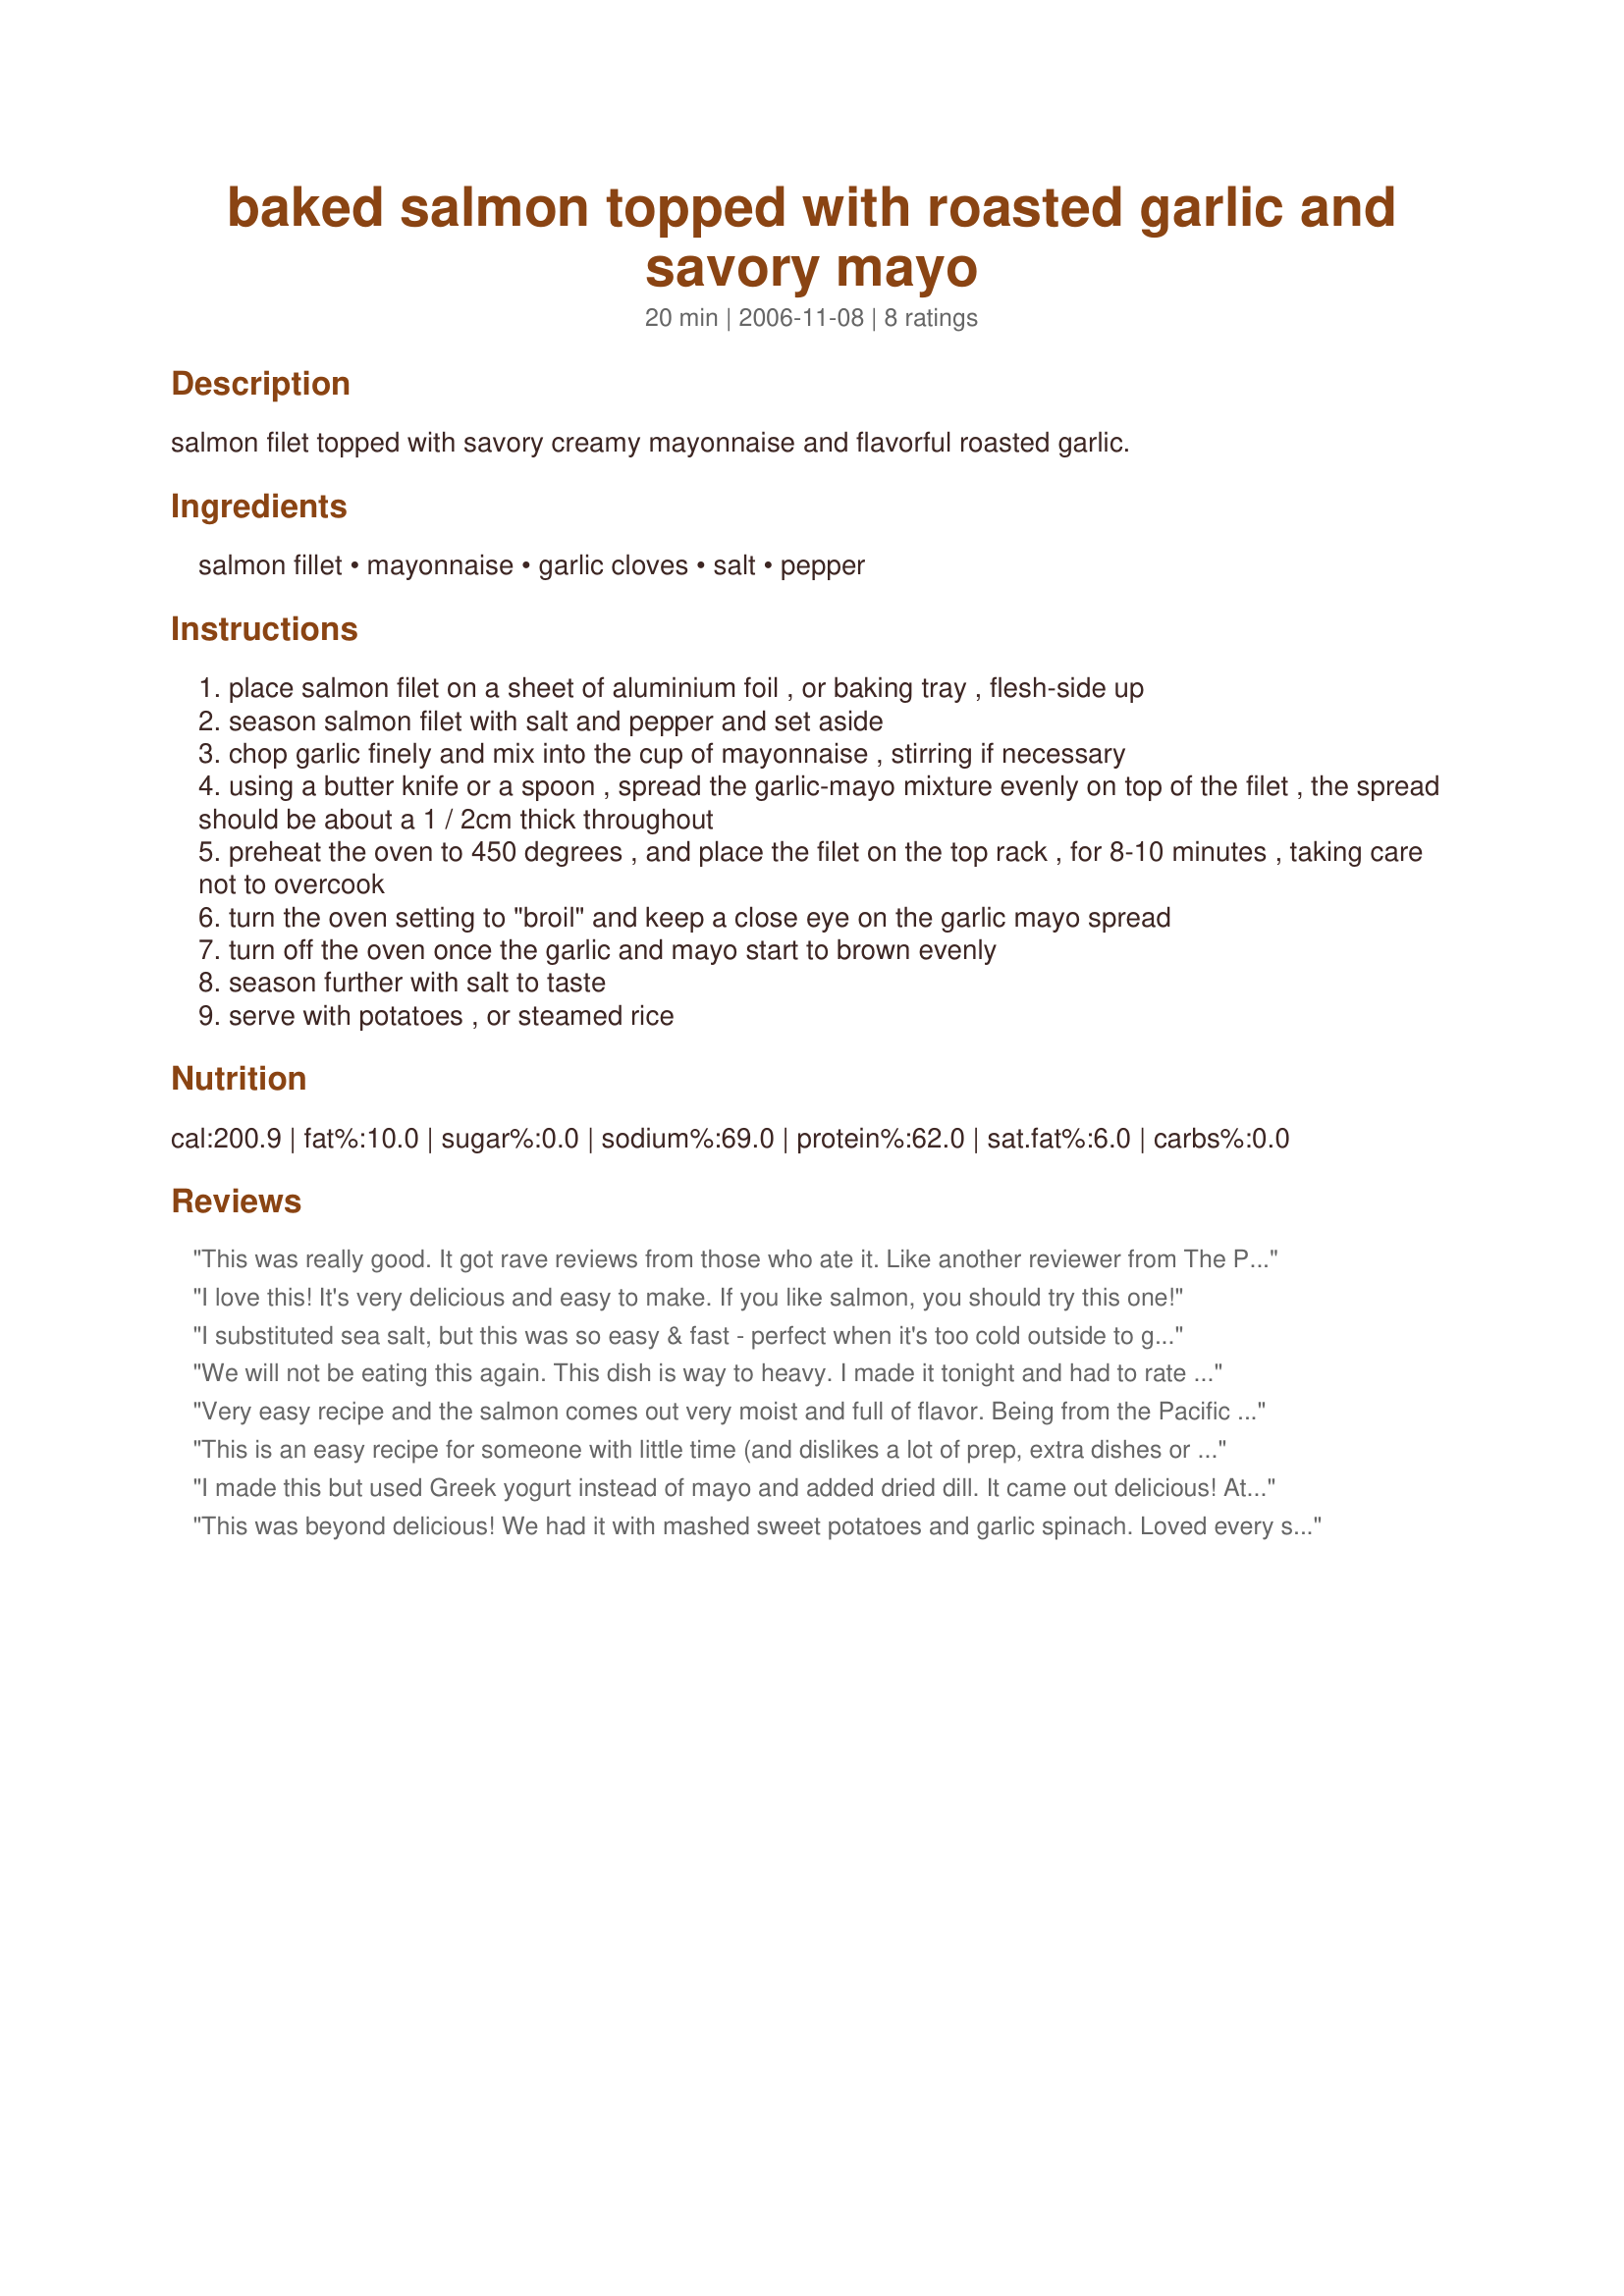
baked salmon topped with roasted garlic and savory mayo
Preparation time: 20 minutes

salmon filet topped with savory creamy mayonnaise and flavorful roasted garlic.

Ingredients:
salmon fillet, mayonnaise, garlic cloves, salt, pepper

Steps:
place salmon filet on a sheet of aluminium foil , or baking tray , flesh-side up
season salmon filet with salt and pepper and set aside
chop garlic finely and mix into the cup of mayonnaise , stirring if necessary
using a butter knife or a spoon , spread the garlic-mayo mixture evenly on top of the filet , the spread should be about a 1 / 2cm thick throughout
preheat the oven to 450 degrees , and place the filet on the top rack , for 8-10 minutes , taking care not to overcook
turn the oven setting to "broil" and keep a close eye on the garlic mayo spread
turn off the oven once the garlic and mayo start to brown evenly
season further with salt to taste
serve with potatoes , or steamed rice

Reviews:
This was really good. It got rave reviews from those who ate it. Like another reviewer from The Pacific Northwest, we like our salmon. I usually go with what I know works and had planned to grill but it was to cold, so I gave this recipe a try. I don't cook using measurements unless there's baking involved. With that in mind, I only used two large cloves of garlic. I also added dried chives and a pinch of thyme. I served this with roasted veggies and wild rice w/ mushrooms. Will make this again when I'm in the mood for a decadent topping.
I love this! It's very delicious and easy to make. If you like salmon, you should try this one!
I substituted sea salt, but this was so easy & fast - perfect when it's too cold outside to grill! Best of all, these are ingredients always on hand AND the salmon stays moist - my main pet peeve about cooked salmon vs. raw.
We will not be eating this again. This dish is way to heavy. I made it tonight and had to rate it this evening because it was so heavy. My family is still repeating it (all 3 of us). Its also sitting heavy.

I gave it two stars because it was moist and it did taste good. Not very good overall.
Very easy recipe and the salmon comes out very moist and full of flavor. Being from the Pacific Northwest, I am picky about salmon but this is a no-brainer that ever first-time salmon cooks can't go wrong with.
This is an easy recipe for someone with little time (and dislikes a lot of prep, extra dishes or even cooking). I tried this recipe for one serving, used low fat mayo, a garlic press, and a little dill. The top rack browned my mayo too quickly, so I moved the dish down one rack. Turned out yummy and will definitely make again! I'm curious if plain yogurt would make a nice substitute for those that want a mayo alternative. For this dish, i'm fine with my low-fat mayo! Thanks for the recipe!
I made this but used Greek yogurt instead of mayo and added dried dill. It came out delicious! Ate it with some garlic risotto and sauteed zucchini and mushrooms. The mayo sounded a bit too rich for me, the yogurt was perfect. Very fast and easy!
This was beyond delicious! We had it with mashed sweet potatoes and garlic spinach. Loved every single bite. <br/><br/>To the reviewer who found it too rich: Of course it's rich, it has a cup of mayo! I mean, really, what did you expect?
